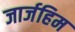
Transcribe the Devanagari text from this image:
जार्जहिम